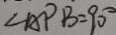
\angle A P B = 9 0 ^ { \circ }